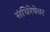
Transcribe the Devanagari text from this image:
संधिरेषेवर